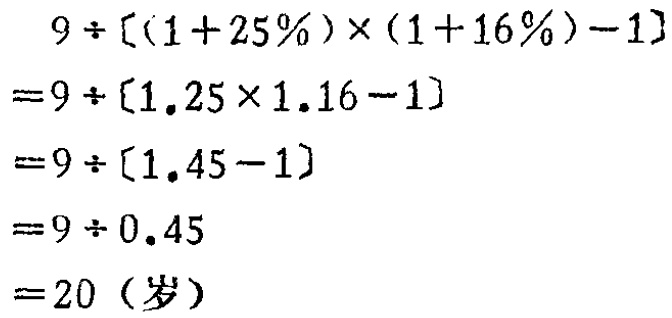
\[

\begin{align*}

&9\div[(1 + 25\%)\times(1 + 16\%)-1]\\

=&9\div[1.25\times1.16 - 1]\\

=&9\div[1.45 - 1]\\

=&9\div0.45\\

=&20\ (\text{岁})

\end{align*}

\]